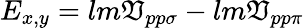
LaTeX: E_{x,y}=lm\mathfrak{V}_{pp\sigma}-lm\mathfrak{V}_{pp\pi}